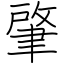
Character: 肇